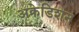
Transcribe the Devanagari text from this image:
अक्रेडिशन